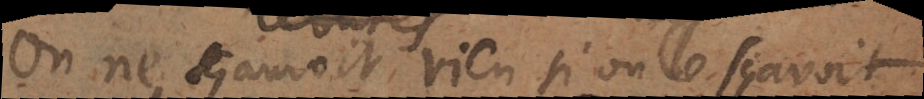
On ne sçaurait rien si on ne le sçavoit